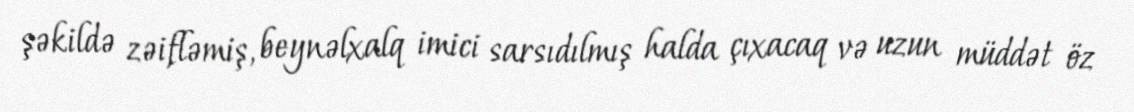
şəkildə zəifləmiş, beynəlxalq imici sarsıdılmış halda çıxacaq və uzun müddət öz